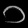
Digit: ၁